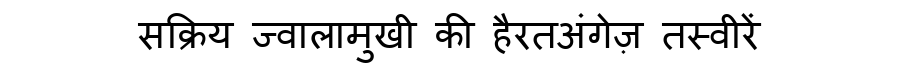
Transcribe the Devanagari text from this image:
सक्रिय ज्वालामुखी की हैरतअंगेज़ तस्वीरें